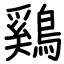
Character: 鷄